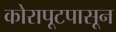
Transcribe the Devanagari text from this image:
कोरापूटपासून